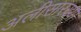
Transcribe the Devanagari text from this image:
अलीसारख्या